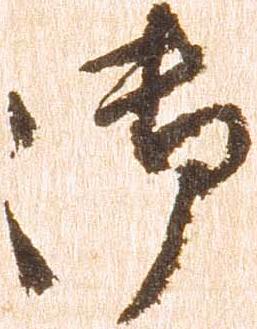
御